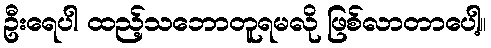
ဦးရေပါ ထည့်သဘောတူရမလို ဖြစ်လာတာပေါ့။